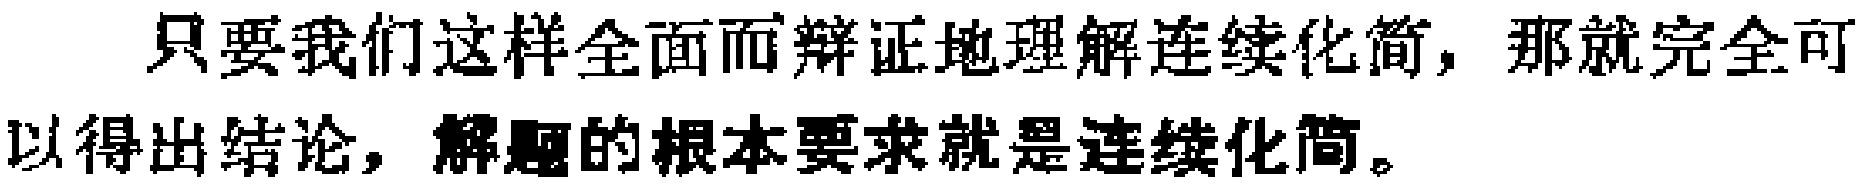
只要我们这样全面而辩证地理解连续化简，那就完全可以得出结论，解题的根本要求就是连续化简。